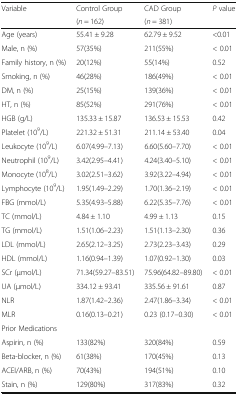
<table><thead><tr><td rowspan="2"><b>Variable</b></td><td><b>Control Group</b></td><td><b>CAD Group</b></td><td rowspan="2"><b><i>P</i> value</b></td></tr><tr><td><b>(<i>n</i> = 162)</b></td><td><b>(<i>n</i> = 381)</b></td></tr></thead><tbody><tr><td>Age (years)</td><td>55.41 ± 9.28</td><td>62.79 ± 9.52</td><td>&lt;0.01</td></tr><tr><td>Male, n (%)</td><td>57(35%)</td><td>211(55%)</td><td>&lt; 0.01</td></tr><tr><td>Family history, n (%)</td><td>20(12%)</td><td>55(14%)</td><td>0.52</td></tr><tr><td>Smoking, n (%)</td><td>46(28%)</td><td>186(49%)</td><td>&lt; 0.01</td></tr><tr><td>DM, n (%)</td><td>25(15%)</td><td>139(36%)</td><td>&lt; 0.01</td></tr><tr><td>HT, n (%)</td><td>85(52%)</td><td>291(76%)</td><td>&lt; 0.01</td></tr><tr><td>HGB (g/L)</td><td>135.33 ± 15.87</td><td>136.53 ± 15.53</td><td>0.42</td></tr><tr><td>Platelet (10<sup>9</sup>/L)</td><td>221.32 ± 51.31</td><td>211.14 ± 53.40</td><td>0.04</td></tr><tr><td>Leukocyte (10<sup>9</sup>/L)</td><td>6.07(4.99–7.13)</td><td>6.60(5.60–7.70)</td><td>&lt; 0.01</td></tr><tr><td>Neutrophil (10<sup>9</sup>/L)</td><td>3.42(2.95–4.41)</td><td>4.24(3.40–5.10)</td><td>&lt; 0.01</td></tr><tr><td>Monocyte (10<sup>8</sup>/L)</td><td>3.02(2.51–3.62)</td><td>3.92(3.22–4.94)</td><td>&lt; 0.01</td></tr><tr><td>Lymphocyte (10<sup>9</sup>/L)</td><td>1.95(1.49–2.29)</td><td>1.70(1.36–2.19)</td><td>&lt; 0.01</td></tr><tr><td>FBG (mmol/L)</td><td>5.35(4.93–5.88)</td><td>6.22(5.35–7.76)</td><td>&lt; 0.01</td></tr><tr><td>TC (mmol/L)</td><td>4.84 ± 1.10</td><td>4.99 ± 1.13</td><td>0.15</td></tr><tr><td>TG (mmol/L)</td><td>1.51(1.06–2.23)</td><td>1.51(1.13–2.30)</td><td>0.36</td></tr><tr><td>LDL (mmol/L)</td><td>2.65(2.12–3.25)</td><td>2.73(2.23–3.43)</td><td>0.29</td></tr><tr><td>HDL (mmol/L)</td><td>1.16(0.94–1.39)</td><td>1.07(0.92–1.30)</td><td>0.03</td></tr><tr><td>SCr (μmol/L)</td><td>71.34(59.27–83.51)</td><td>75.96(64.82–89.80)</td><td>&lt; 0.01</td></tr><tr><td>UA (μmol/L)</td><td>334.12 ± 93.41</td><td>335.56 ± 91.61</td><td>0.87</td></tr><tr><td>NLR</td><td>1.87(1.42–2.36)</td><td>2.47(1.86–3.34)</td><td>&lt; 0.01</td></tr><tr><td>MLR</td><td>0.16(0.13–0.21)</td><td>0.23 (0.17–0.30)</td><td>&lt; 0.01</td></tr><tr><td>Prior Medications</td><td></td><td></td><td></td></tr><tr><td>Aspirin, n (%)</td><td>133(82%)</td><td>320(84%)</td><td>0.59</td></tr><tr><td>Beta-blocker, n (%)</td><td>61(38%)</td><td>170(45%)</td><td>0.13</td></tr><tr><td>ACEI/ARB, n (%)</td><td>70(43%)</td><td>194(51%)</td><td>0.10</td></tr><tr><td>Stain, n (%)</td><td>129(80%)</td><td>317(83%)</td><td>0.32</td></tr></tbody></table>